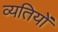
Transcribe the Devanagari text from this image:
व्यतियों